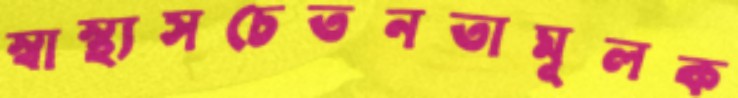
স্বাস্থ্যসচেতনতামূলক